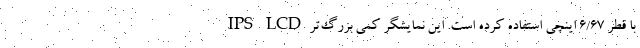
IPS LCD با قطر ۶/۶۷ اینچی استفاده کرده است. این نمایشگر کمی بزرگ‌تر